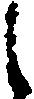
候